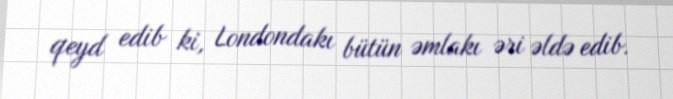
qeyd edib ki, Londondakı bütün əmlakı əri əldə edib.